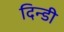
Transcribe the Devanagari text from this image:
दिन्डी